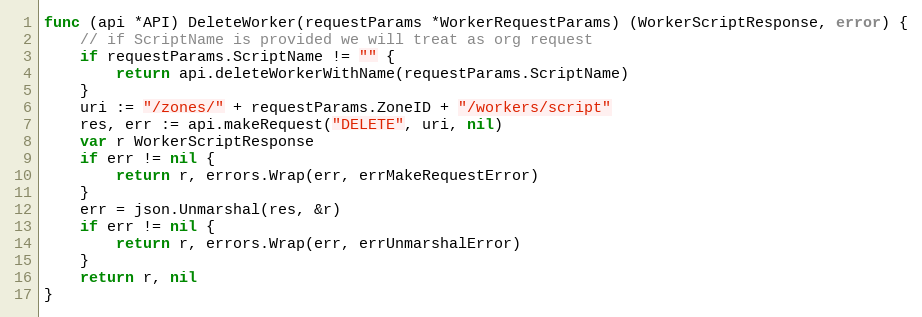
Language: Go
func (api *API) DeleteWorker(requestParams *WorkerRequestParams) (WorkerScriptResponse, error) {
	// if ScriptName is provided we will treat as org request
	if requestParams.ScriptName != "" {
		return api.deleteWorkerWithName(requestParams.ScriptName)
	}
	uri := "/zones/" + requestParams.ZoneID + "/workers/script"
	res, err := api.makeRequest("DELETE", uri, nil)
	var r WorkerScriptResponse
	if err != nil {
		return r, errors.Wrap(err, errMakeRequestError)
	}
	err = json.Unmarshal(res, &r)
	if err != nil {
		return r, errors.Wrap(err, errUnmarshalError)
	}
	return r, nil
}